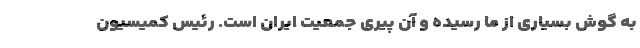
به‌ گوش بسیاری از ما رسیده و آن پیری جمعیت ایران است. رئیس کمیسیون